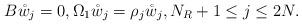
LaTeX: \begin{align*}B\mathring{w}_{j}=0,\Omega_{1}\mathring{w}_{j}=\rho_{j}\mathring{w}_{j},N_{R}+1\leq j\leq2N. \end{align*}